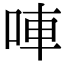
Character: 唓